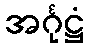
အင်္ဂုဋ္ဌံ